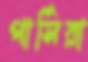
পার্সিরা